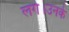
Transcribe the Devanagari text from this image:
लगे।उनके